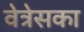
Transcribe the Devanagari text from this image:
वेत्रेसका